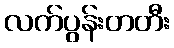
လက်ပွန်းတတီး